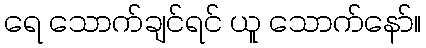
ရေ သောက်ချင်ရင် ယူ သောက်နော်။